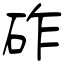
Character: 砟